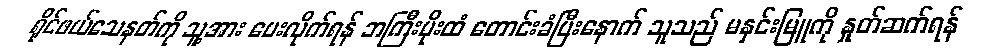
ရိုင်ဖယ်သေနတ်ကို သူ့အား ပေးလိုက်ရန် ဘကြီးမိုးထံ တောင်းခံပြီးနောက် သူသည် မနှင်းမြူကို နှုတ်ဆက်ရန်